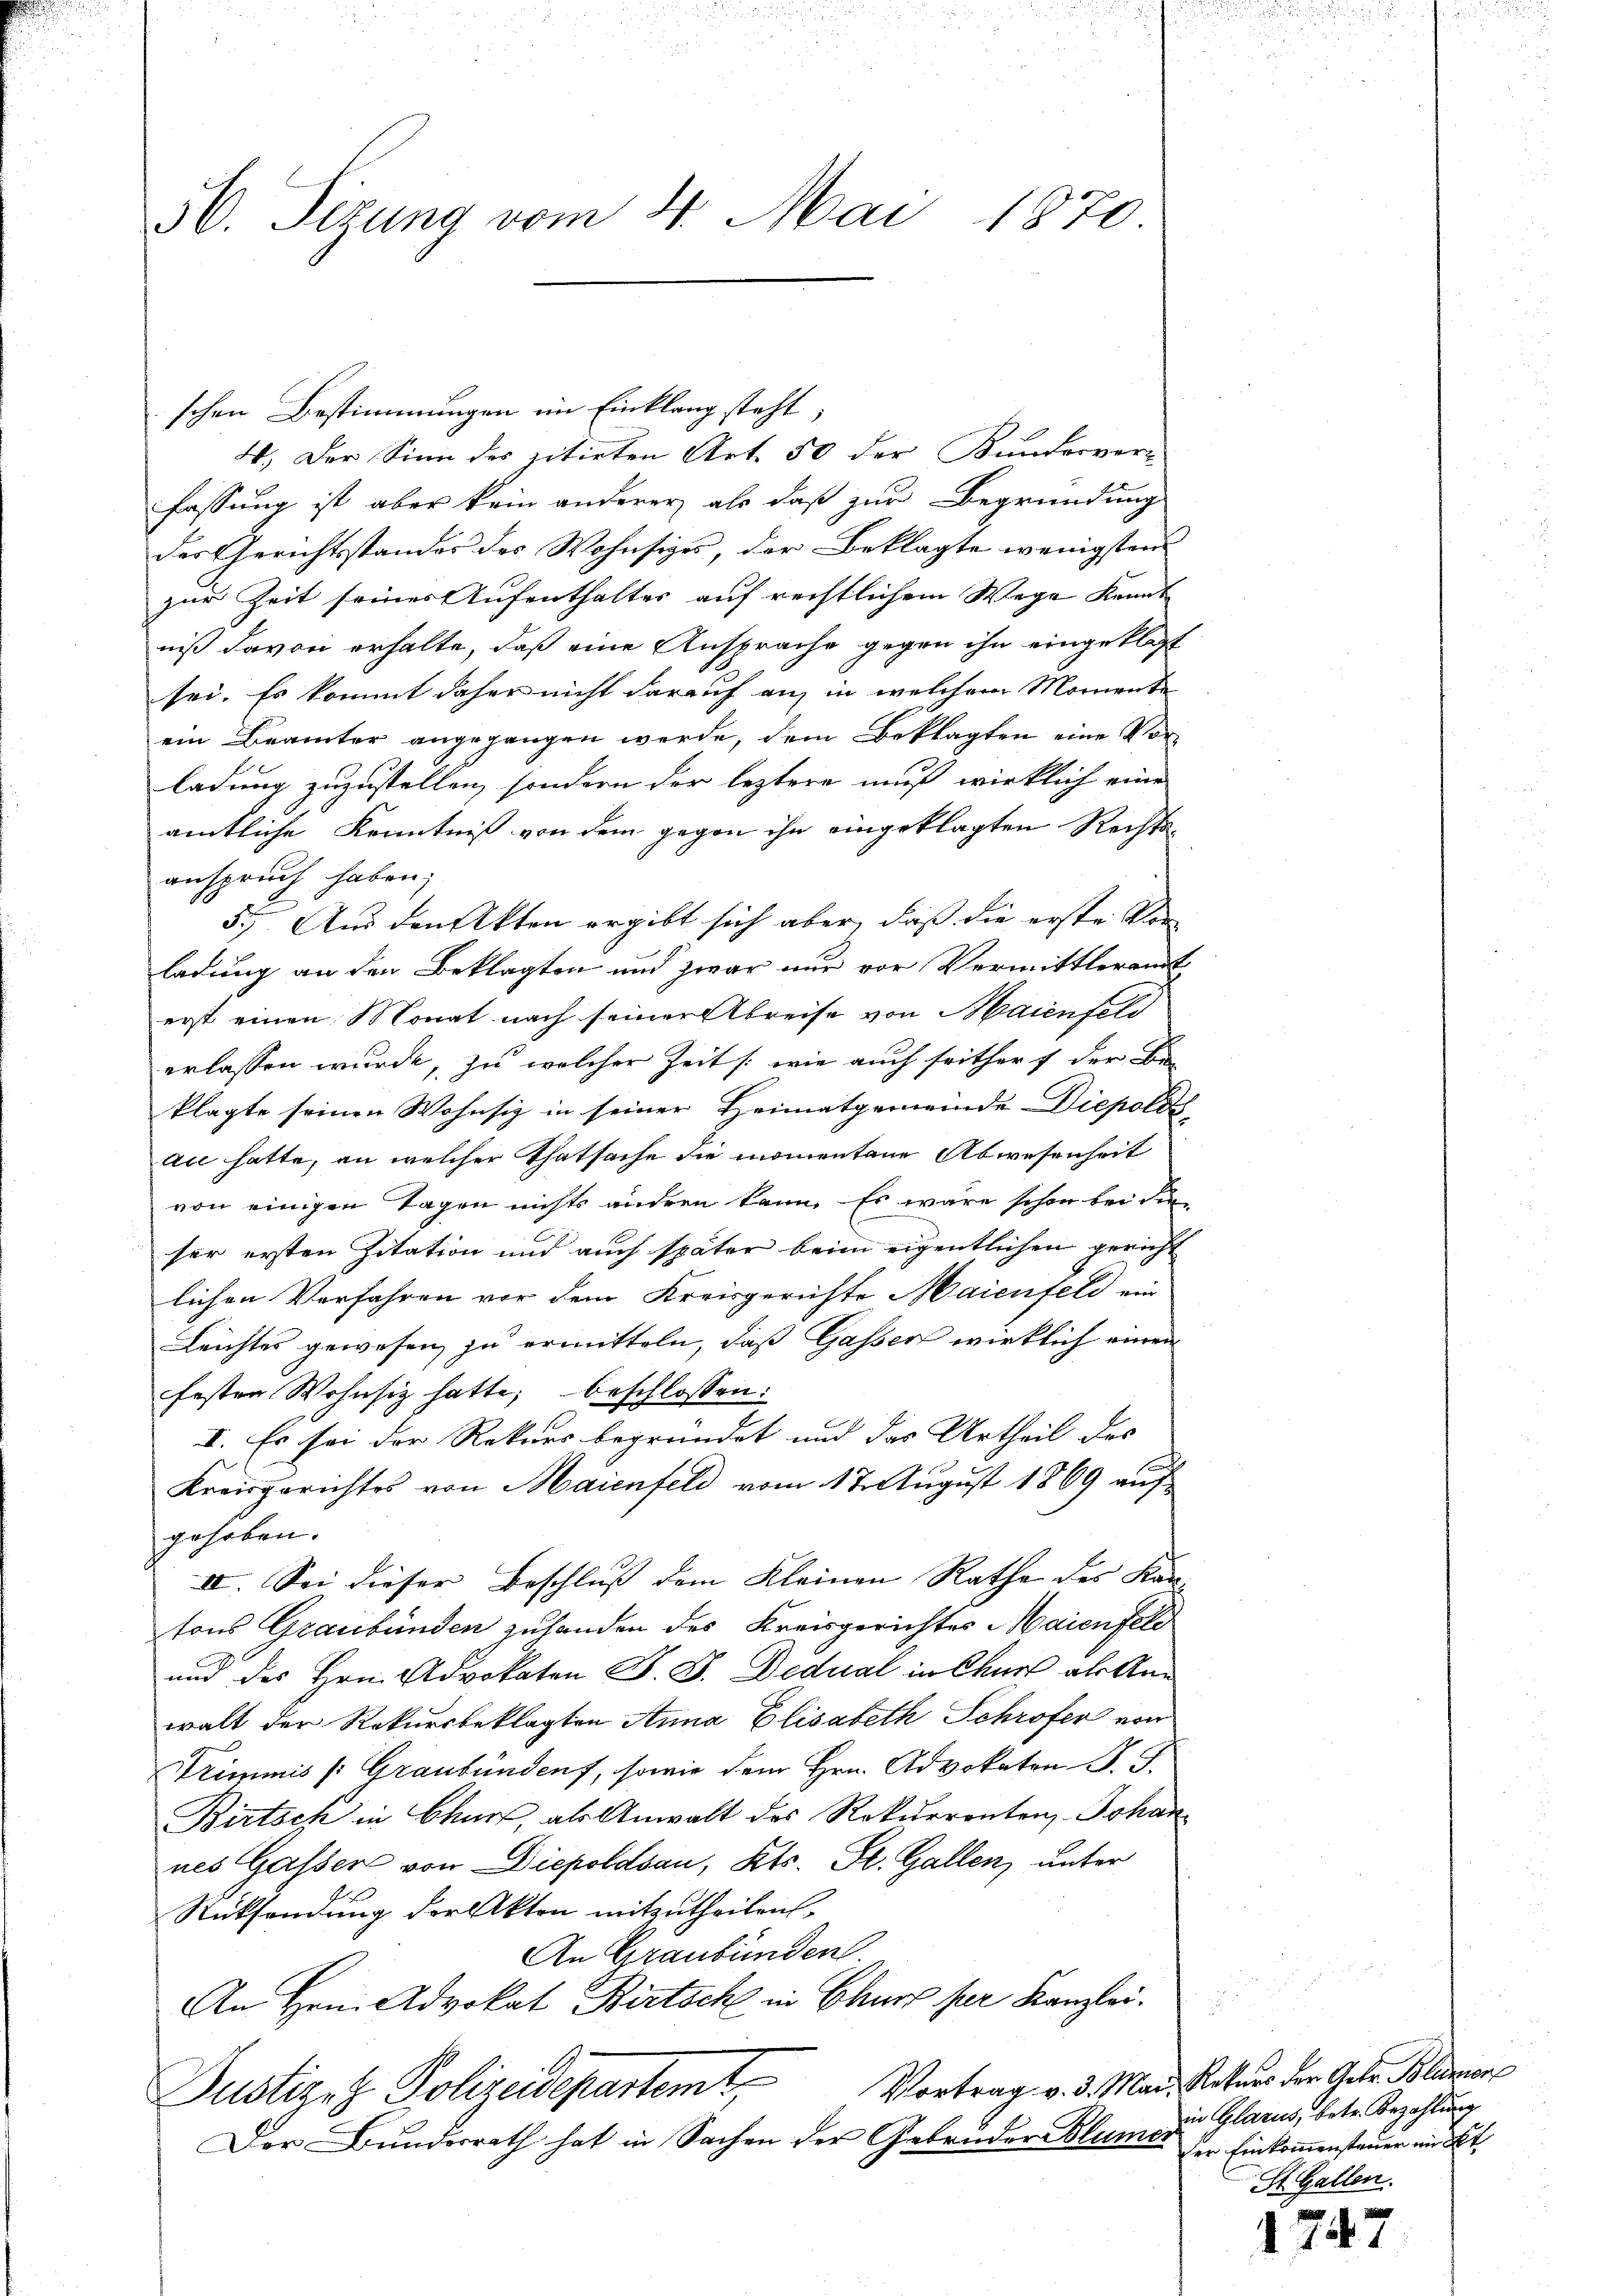
56. Sizung vom 4. Mai 1870

schen Bestimmungen im Einklang steht;
4.) Der Sinn der zitirten Art. 50 der Kunderver-
fassung ist aber kein anderer, als daß zur Begründung
der Gerichtsstandes des Wohnsiges der Beklagte wenigsten
zur Zeit seines Aufenthaltes auf rechtlichem Wege Kennt
niß davon erhalte, daß eine Ansprache gegen ihn eingeklagt
sei. Es kommt daher nicht darauf auf in welchem Momente
ein Beamter angegangen werde, dem Beklagten eine Vorladung zuzustellen, sondern der leztere muß wirklich eine
amtliche Kenntniß von dem gegen ihn eingeklagten Rechts-
anspruch haben;
55. Aus den Akten ergibt sich aber, daß die erste Vor- |
ladung an den Beklagten und zwar nur vor Vermittleramt
erst einen Monat nach seiner Abreise von Maienfeld
erlassen wurde, zu welcher Zeit /: wie auch seither f der Be-
klagte seinen Wohnsiz in seiner Heimatgemeinde Diepolds
an hatte, an welcher Thatsache die momentane Abwesenheit
von einigen Tagen nichts andern kann. Es wäre schon bei die-
ser ersten Zitation und auch später beim eigentlichen gericht
lichen Verfahren vor dem Kreisgerichte Maienfeld ein
Leichtes gewesen zu ermitteln, daß Gassen wirklich einen
festen Wohnsitz hatte, beschlossen:
I. Es sei der Rekurs begründet und das Urtheil des
Kreisgerichtes von Maienfeld vom 17. August 1869 auf
gehoben.
IV. Sei dieser Beschluß dem Kleinen Rathe des Kan
tons Graubünden zuhanden des Kreisgerichtes Maienfel
und des Hrn. Advokaten D. J. Dedual in Chur als Anwalt der Rekursbeklagten Anna Elisabeth Schröfer von
Trimmis (Graubünden, sowie dem Hrn. Advokaten J. J.
Birtsch in Churf, als Anwalt des Rekurrenten, Johan
nes Gasser von Diepoldsau, Kts. St. Gallen, unter
Rücksendung der Akten mitzutheilen.
An Graubünden
An Hrn. Advokat Birtsch in Chur per Kanzlei.
Vortrag v. 3. Mai. Rekurs der Gebr. Blunion
Justizet Polizeidepartemt
Der Bundesrath hat in Sachen der Gebrüder Blümer

in Glarus, betr. Bezahlung
er Einkommensteuer int
St. Gallen.

.

74.